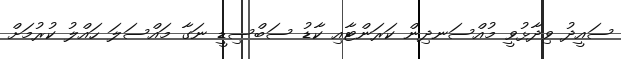
ސައީދު ވިދާޅުވީ މުއްސަނދިން ކަރަންޓާއި ކާޑު ސަބްސިޑީ ނަގާ މައްސަލަ ހައްލު ކުރުމަށް